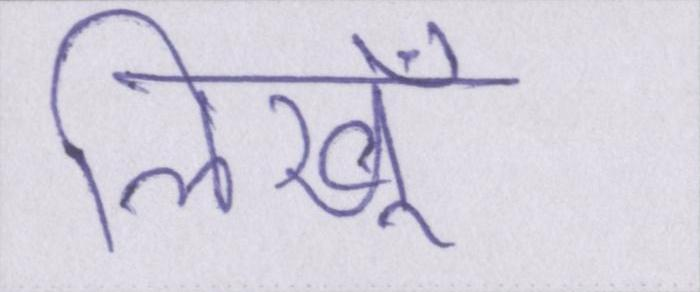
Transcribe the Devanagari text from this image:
लिखूँ।